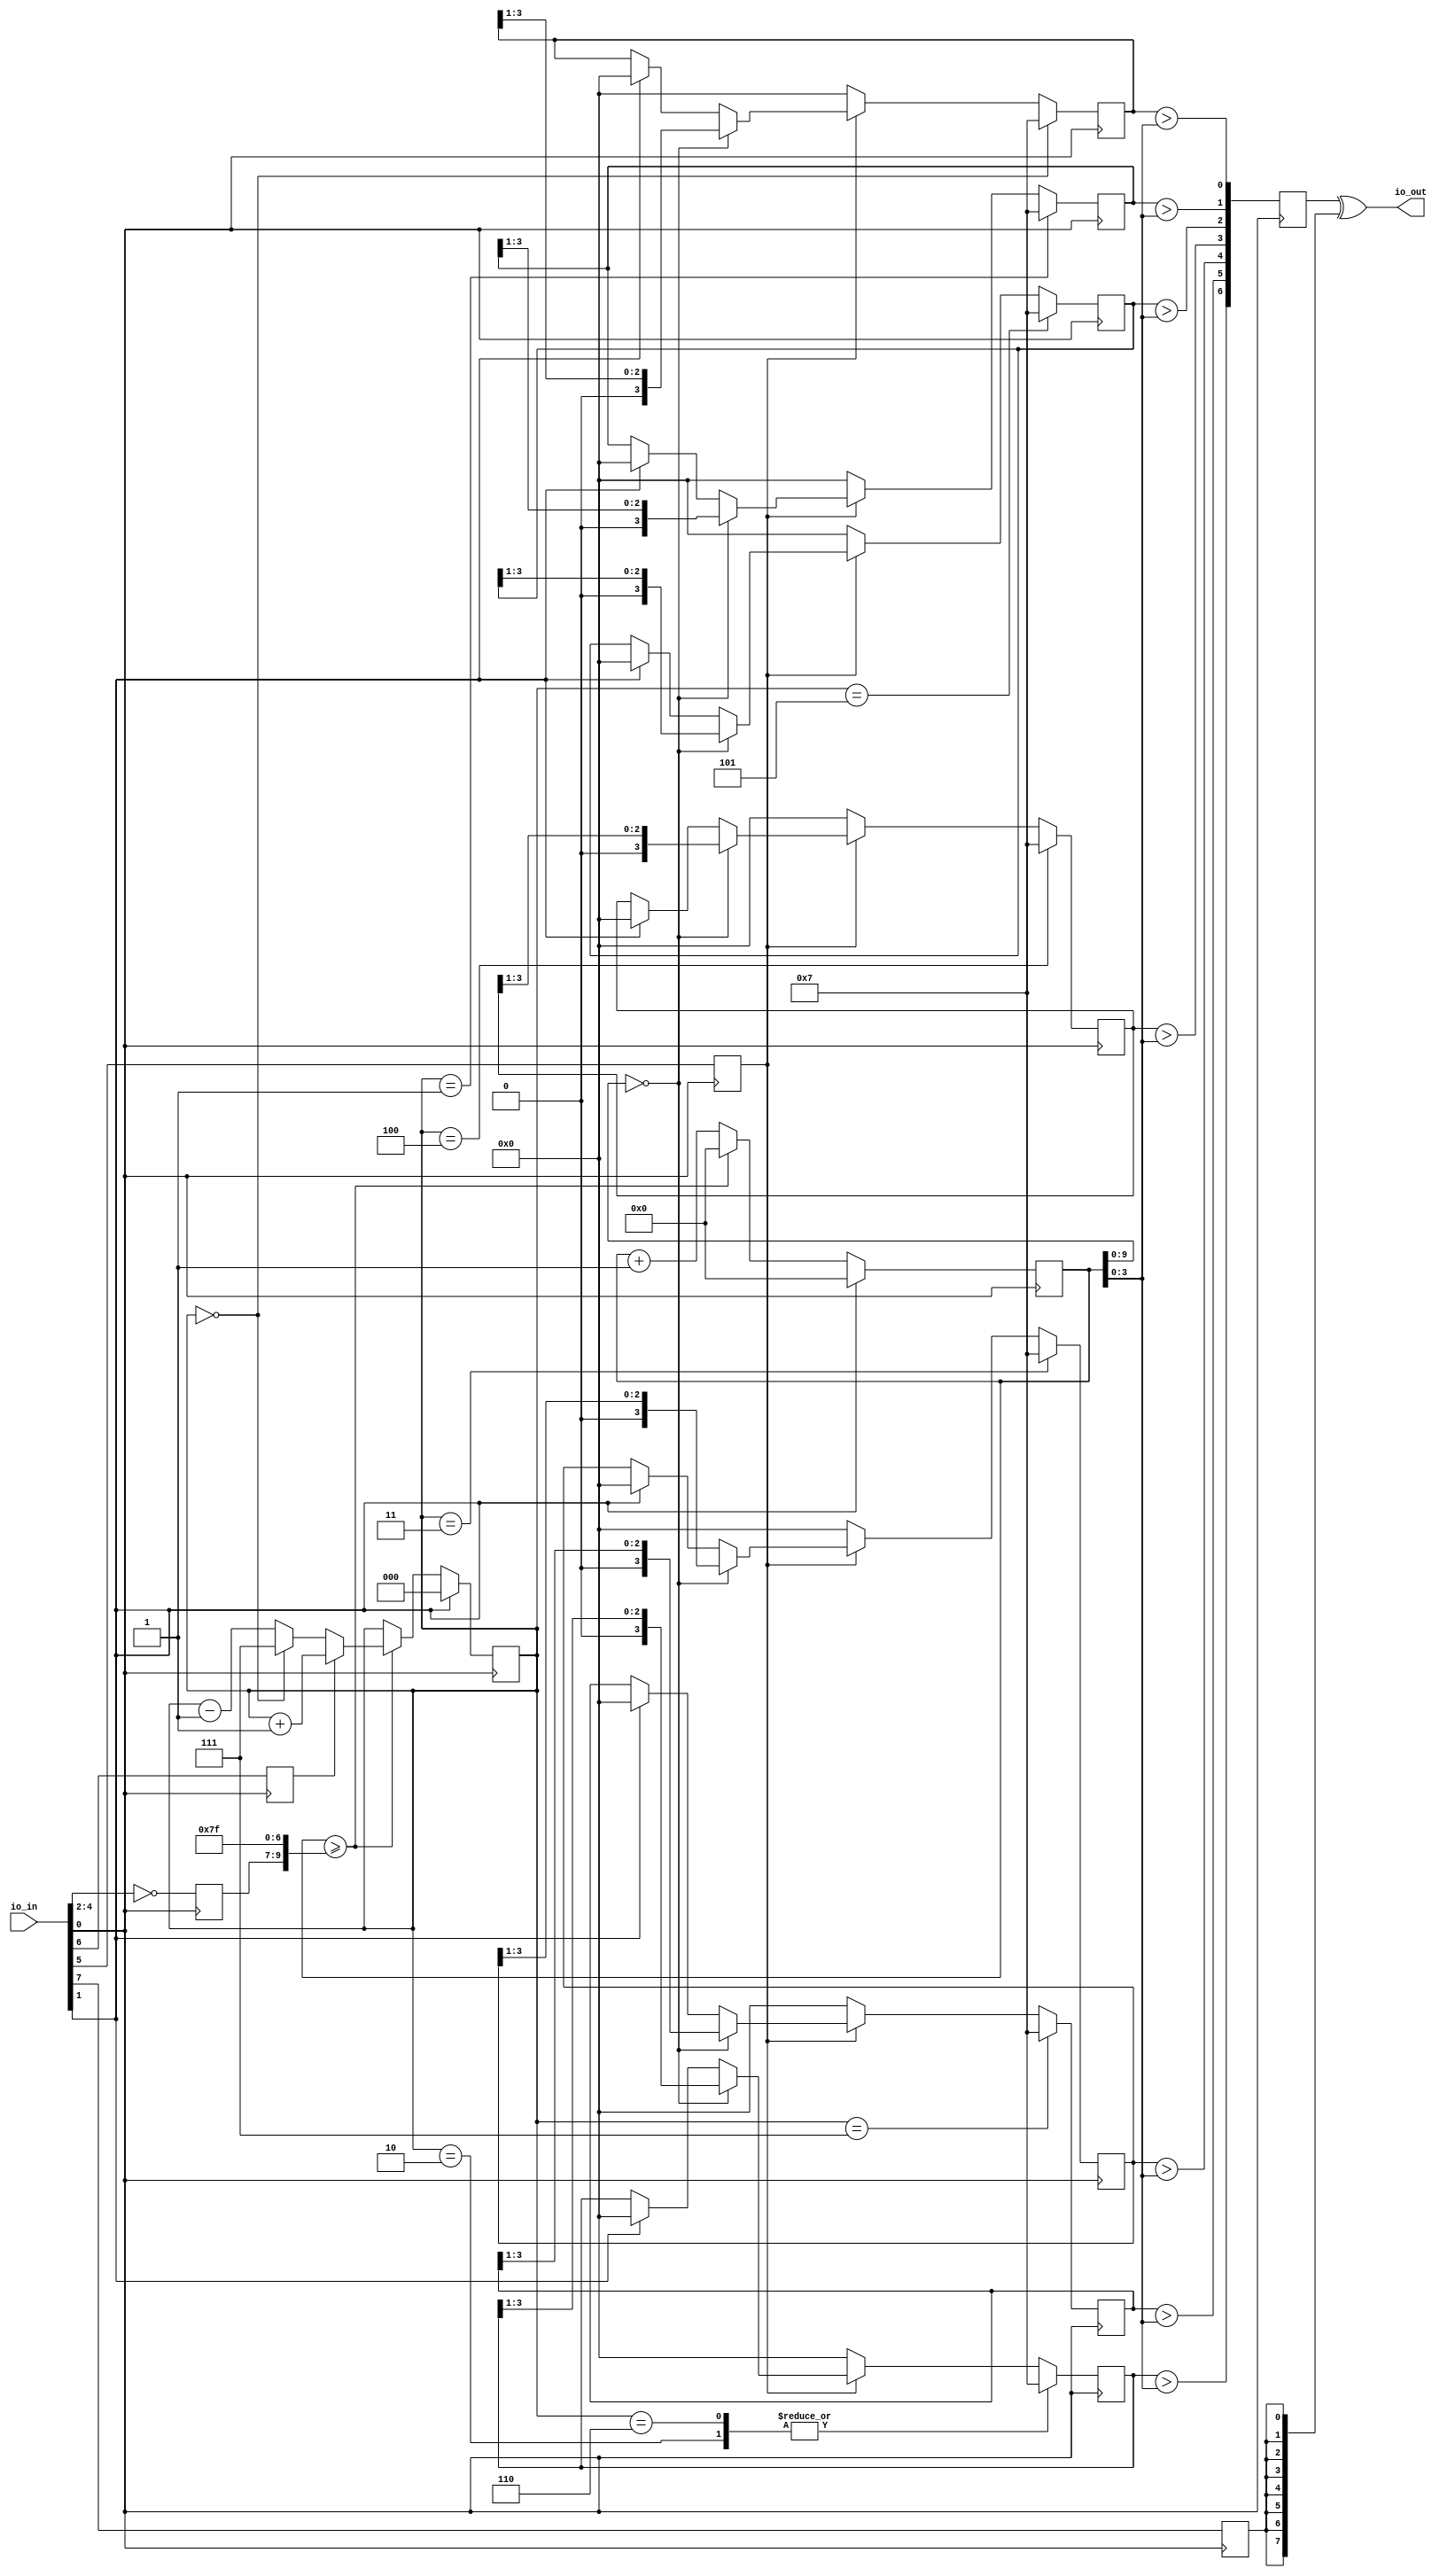
module user_module_341063825089364563(
  input [7:0] io_in,
  output [7:0] io_out
);
  parameter COUNTER_WIDTH = 11;
  parameter FADE_COUNTER_WIDTH = 10;
  parameter FADE_WIDTH = 4;
  parameter PWM_COUNTER_WIDTH = 4; // Can't be less than FADE_WIDTH

  // using io_in[0] as clk, io_in[1] as reset
  wire clk;
  assign clk = io_in[0];
  wire reset;
  assign reset = io_in[1];

  reg [2:0] counter_speed_prefix;
  reg direction;
  reg tail;
  reg led_invert;
  reg [2:0] state;
  reg [6:0] led_out;
  reg [FADE_WIDTH-1:0] segments [6:0];
  reg [COUNTER_WIDTH-1:0] counter;
  wire [FADE_COUNTER_WIDTH-1:0] fade_counter;
  wire [FADE_WIDTH-1:0] pwm_counter_slice;
  wire [COUNTER_WIDTH-1:0] counter_speed;

  assign pwm_counter_slice = counter[PWM_COUNTER_WIDTH-1:PWM_COUNTER_WIDTH-FADE_WIDTH];
  assign counter_speed = {counter_speed_prefix, {COUNTER_WIDTH-1-3{1'b1}}};
  assign fade_counter = counter[FADE_COUNTER_WIDTH-1:0];
  assign io_out = {0, led_out} ^ {8{led_invert}};

  always @(posedge clk) begin
    counter_speed_prefix <= ~io_in[4:2];
    tail <= io_in[5];
    direction <= io_in[6];
    led_invert <= io_in[7];
  end

  always @(posedge clk) begin
    if(reset) begin
        counter <= 0;
        state <= 0;
        led_out <= 8'b00000000;
        segments[0] <= {FADE_WIDTH-1{1'b0}};
        segments[1] <= {FADE_WIDTH-1{1'b0}};
        segments[2] <= {FADE_WIDTH-1{1'b0}};
        segments[3] <= {FADE_WIDTH-1{1'b0}};
        segments[4] <= {FADE_WIDTH-1{1'b0}};
        segments[5] <= {FADE_WIDTH-1{1'b0}};
        segments[6] <= {FADE_WIDTH-1{1'b0}};
    end else begin
      if(counter >= counter_speed) begin
        counter <= 0;
        if(direction)
          state <= state + 3'b001;
        else
          if(state == 3'b000)
            state <= 3'b111;
          else
            state <= state - 3'b001;
      end else begin
        counter <= counter + 1;
      end
    end

    led_out[0] <= segments[0] > pwm_counter_slice;
    led_out[1] <= segments[1] > pwm_counter_slice;
    led_out[2] <= segments[2] > pwm_counter_slice;
    led_out[3] <= segments[3] > pwm_counter_slice;
    led_out[4] <= segments[4] > pwm_counter_slice;
    led_out[5] <= segments[5] > pwm_counter_slice;
    led_out[6] <= segments[6] > pwm_counter_slice;

    if(tail) begin
      if(fade_counter == 0)
      begin
        segments[0] <= segments[0] >> 1;
        segments[1] <= segments[1] >> 1;
        segments[2] <= segments[2] >> 1;
        segments[3] <= segments[3] >> 1;
        segments[4] <= segments[4] >> 1;
        segments[5] <= segments[5] >> 1;
        segments[6] <= segments[6] >> 1;
      end
    end else begin
      segments[0] <= {FADE_WIDTH-1{1'b0}};
      segments[1] <= {FADE_WIDTH-1{1'b0}};
      segments[2] <= {FADE_WIDTH-1{1'b0}};
      segments[3] <= {FADE_WIDTH-1{1'b0}};
      segments[4] <= {FADE_WIDTH-1{1'b0}};
      segments[5] <= {FADE_WIDTH-1{1'b0}};
      segments[6] <= {FADE_WIDTH-1{1'b0}};
    end

    case(state)
      3'b000 : segments[0] <= {FADE_WIDTH-1{1'b1}};
      3'b001 : segments[1] <= {FADE_WIDTH-1{1'b1}};
      3'b010 : segments[6] <= {FADE_WIDTH-1{1'b1}};
      3'b011 : segments[4] <= {FADE_WIDTH-1{1'b1}};
      3'b100 : segments[3] <= {FADE_WIDTH-1{1'b1}};
      3'b101 : segments[2] <= {FADE_WIDTH-1{1'b1}};
      3'b110 : segments[6] <= {FADE_WIDTH-1{1'b1}};
      3'b111 : segments[5] <= {FADE_WIDTH-1{1'b1}};
    endcase
  end
endmodule